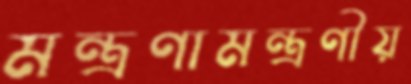
মন্ত্রণামন্ত্রণীয়